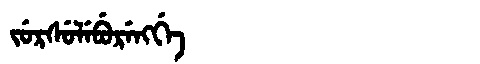
Manchu: ᠵᡠᡵᠰᡠᠯᡝᠪᡠᡵᡝᠩᡤᡝ
Romanization: JURSULEBURENGGE